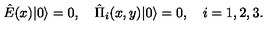
\hat { E } ( x ) | 0 \rangle = 0 , \quad \hat { \Pi } _ { i } ( x , y ) | 0 \rangle = 0 , \quad i = 1 , 2 , 3 .